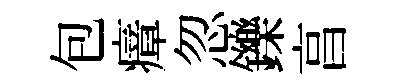
包瘴忽鑠亯